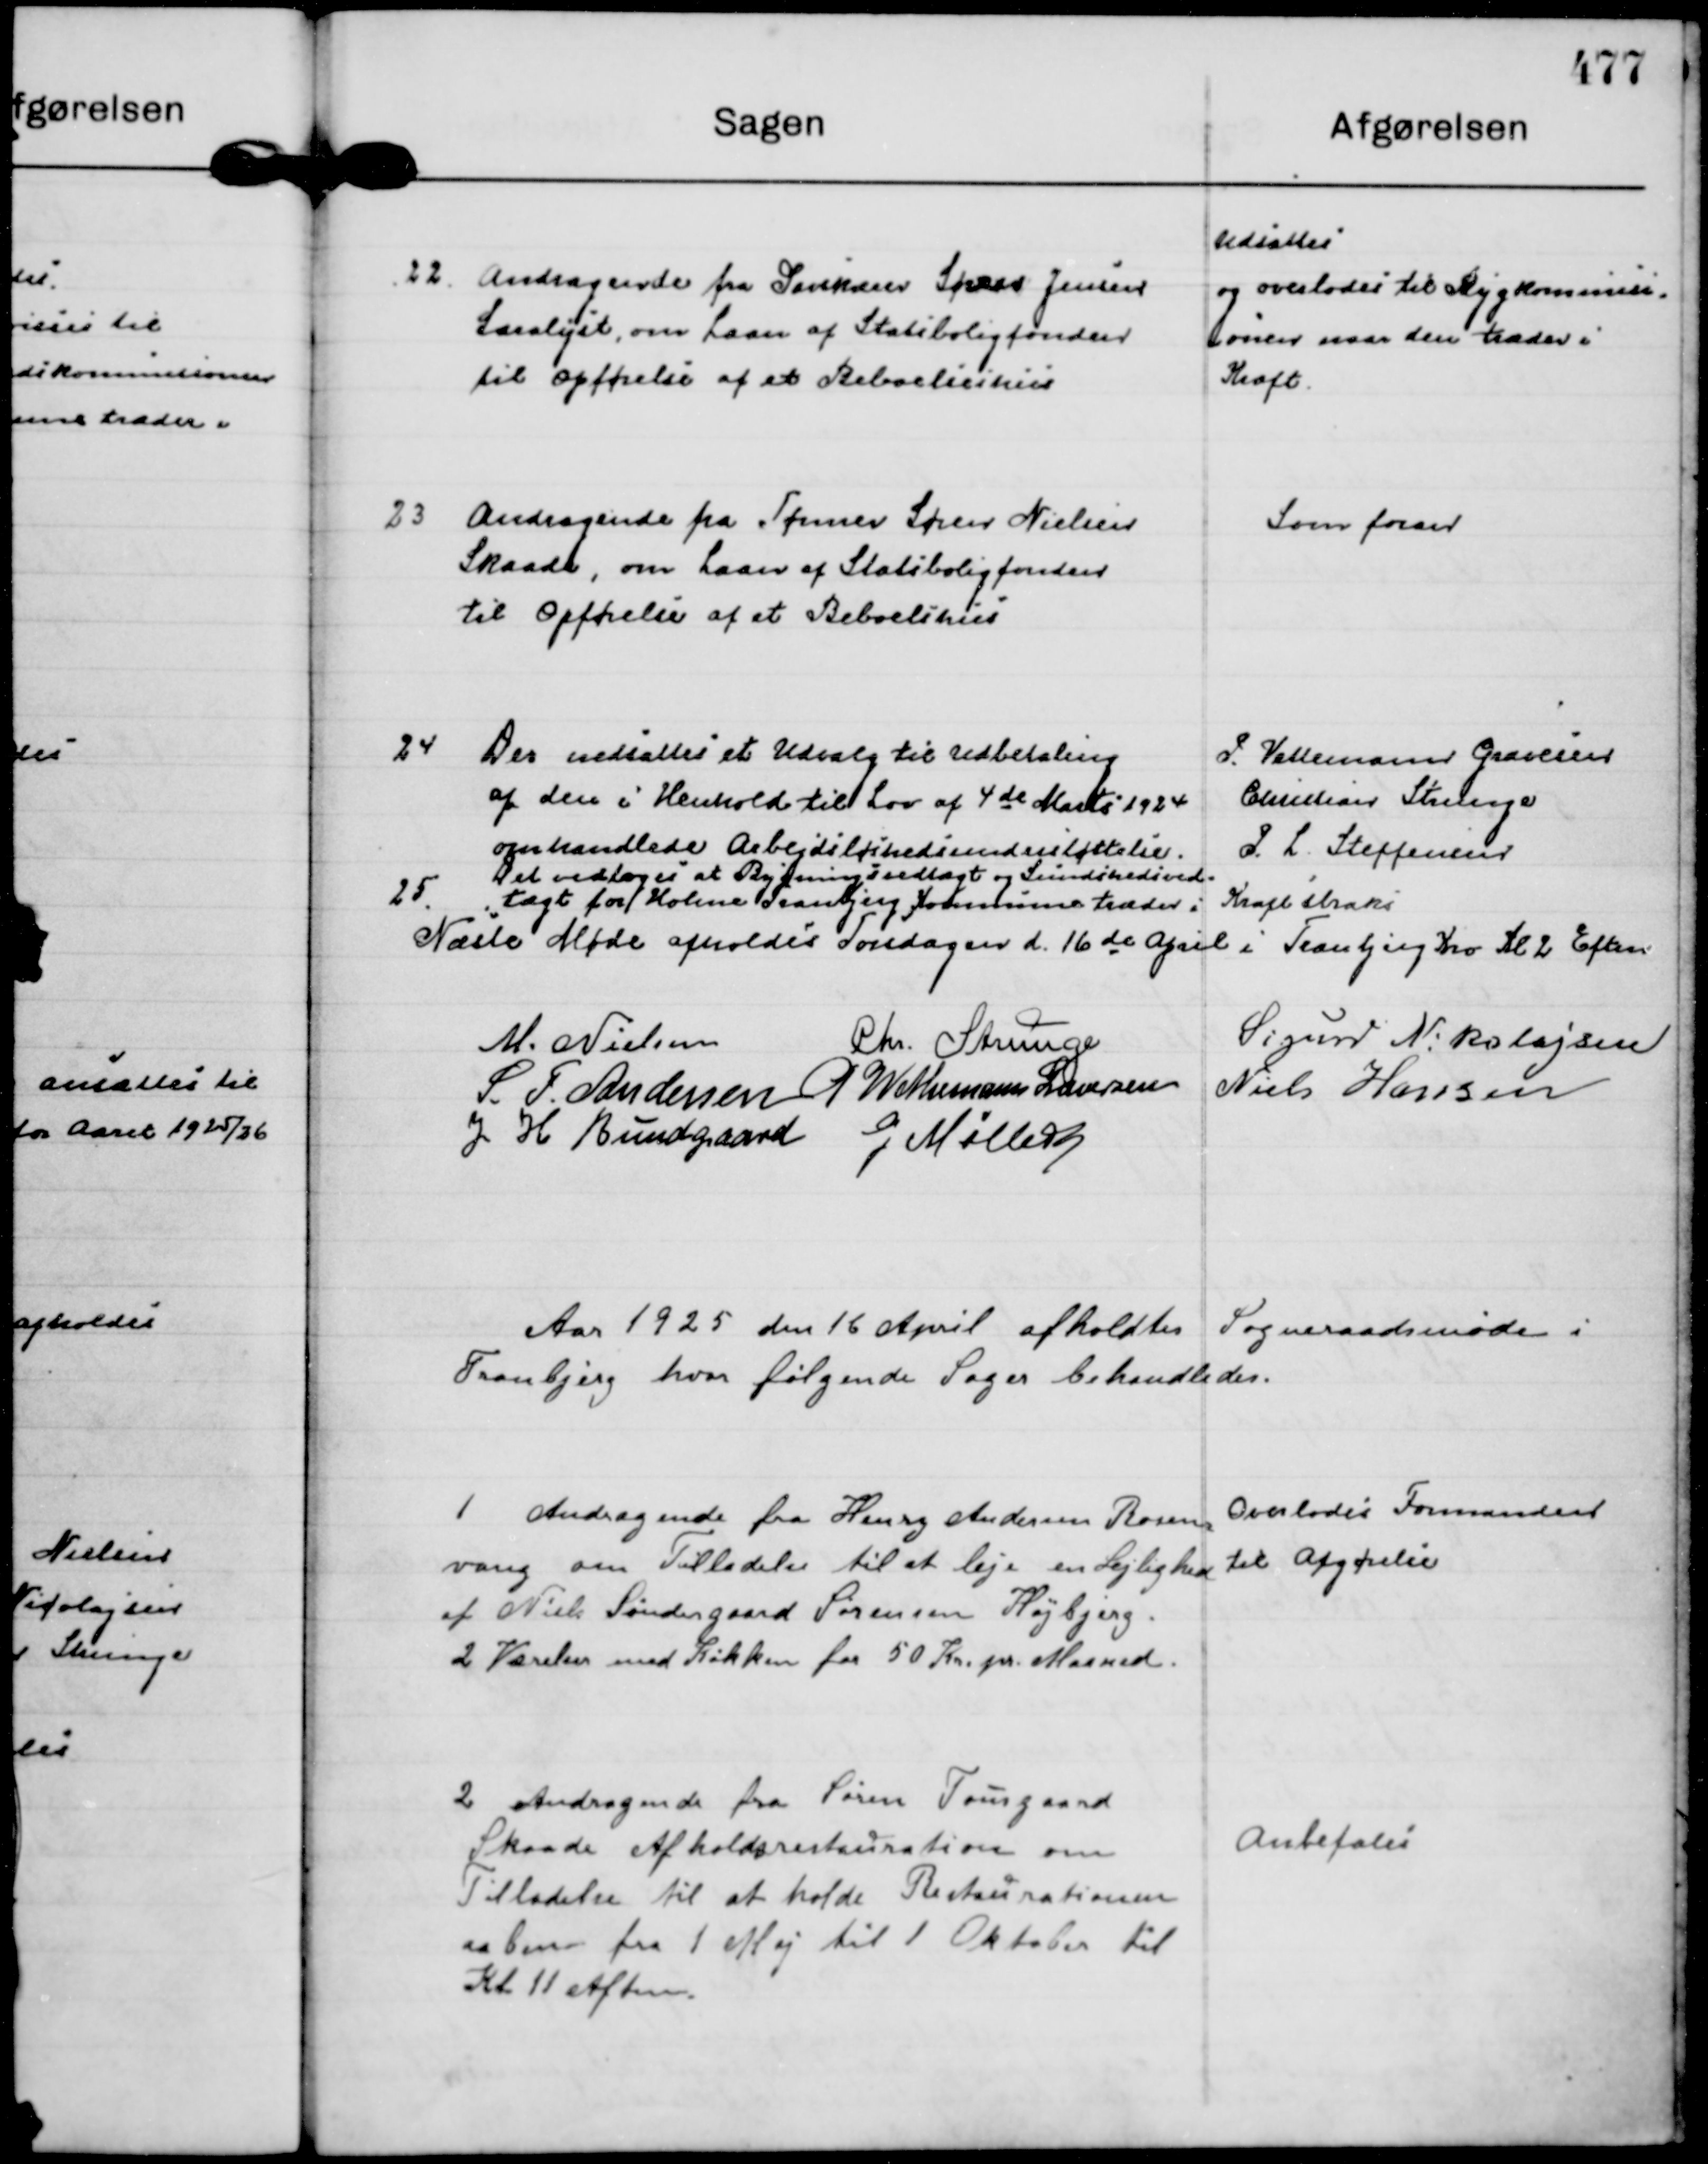
Transskription:
22.
Andragende fra Savskærer Søren Jensen
Saralyst, om Laan af Statsboligfonden
til Opførelse af et Beboelseshus

Udsattes
og overlodes til Bygkommisi= 
onen naar den træder i
Kraft.

23
Andragende fra Tømrer Søren Nielsen
Skaade, om Laan af Statsboligfonden
til Opførelse af et Beboelseshus

Som foran

24
Der nedsattes et Udvalg til Udbetaling
af den i Henhold til Lov af 4 de Marts 1924
omhandlede Arbejdsløshedsunderstøttelse.

P. Vettemann Gravesen
Christian Strunge
P. L. Steffensen

25
Det vedtoges at Bygningsvedtægt og Sundhedsved=
tægt for Holme Tranbjerg Kommune træder i Kraft straks

Næste Møde afholdes Torsdagen d. 16 de April i Tranbjerg Kro Kl 2 Eftm

M. Nielsen
Chr. Strunge
Sigurd N. Nikolejsen
S. T. Andersen
P Wethemann Graversen
Niels Hansen
J H Bundgaard
G Møller

Aar 1925 den 16 April afholdtes Sogneraadsmøde i
Tranbjerg hvor følgende Sager behandledes.

1
Andragende fra Henry Andersen Rosen= 
vang om Tilladelse til at leje en Lejlighed
af Niels Søndergaard Sørensen Højbjerg.
2 Værelser med Køkken for 50 kr. pr. Maaned.

Overlodes Formanden
til Afgørelse

2
Andragende fra Søren Tousgaard
Skaade Afholdsrestauration om
Tilladelse til at holde Restaurationen
aaben fra 1 Maj til 1 Oktober til
Kl 11 Aften.

Anbefales